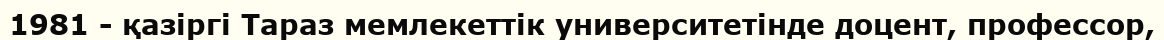
1981 - қазіргі Тараз мемлекеттік университетінде доцент, профессор,